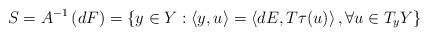
LaTeX: \begin{align*}S=A^{-1}\left( dF\right)=\left\{y\in Y:\left\langle y,u\right\rangle =\left\langle dE,T\tau(u)\right\rangle ,\forall u\in T_{y}Y\right\}\end{align*}